Vaccination in Burma 1900-1911 - 1900-1911
Year: 1900
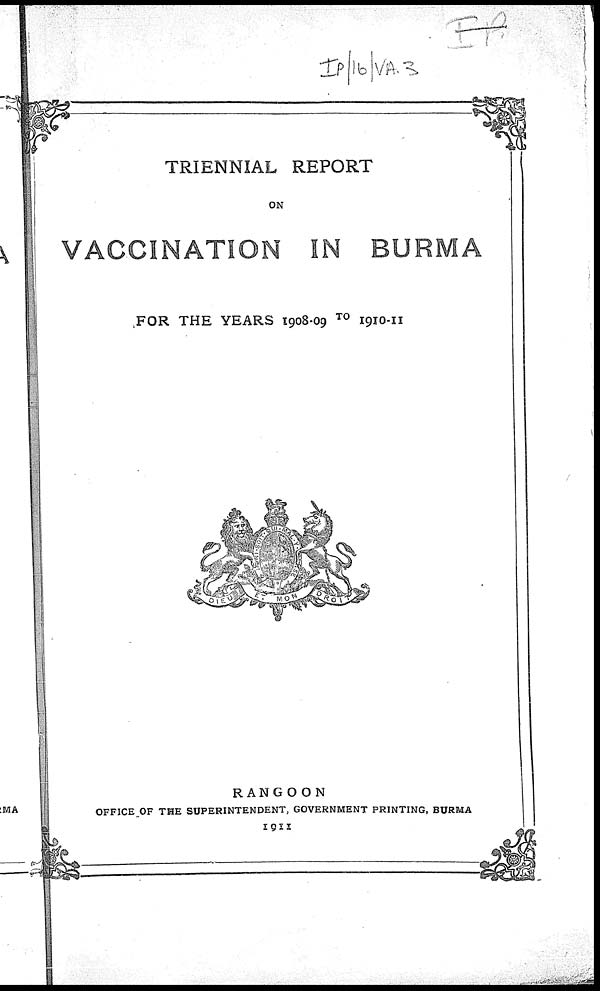
TRIENNIAL REPORT
ON
VACCINATION IN BURMA
FOR THE YEARS 1908-09 TO 1910-11
RANGOON
OFFICE OF THE SUPERINTENDENT, GOVERNMENT PRINTING, BURMA
1911